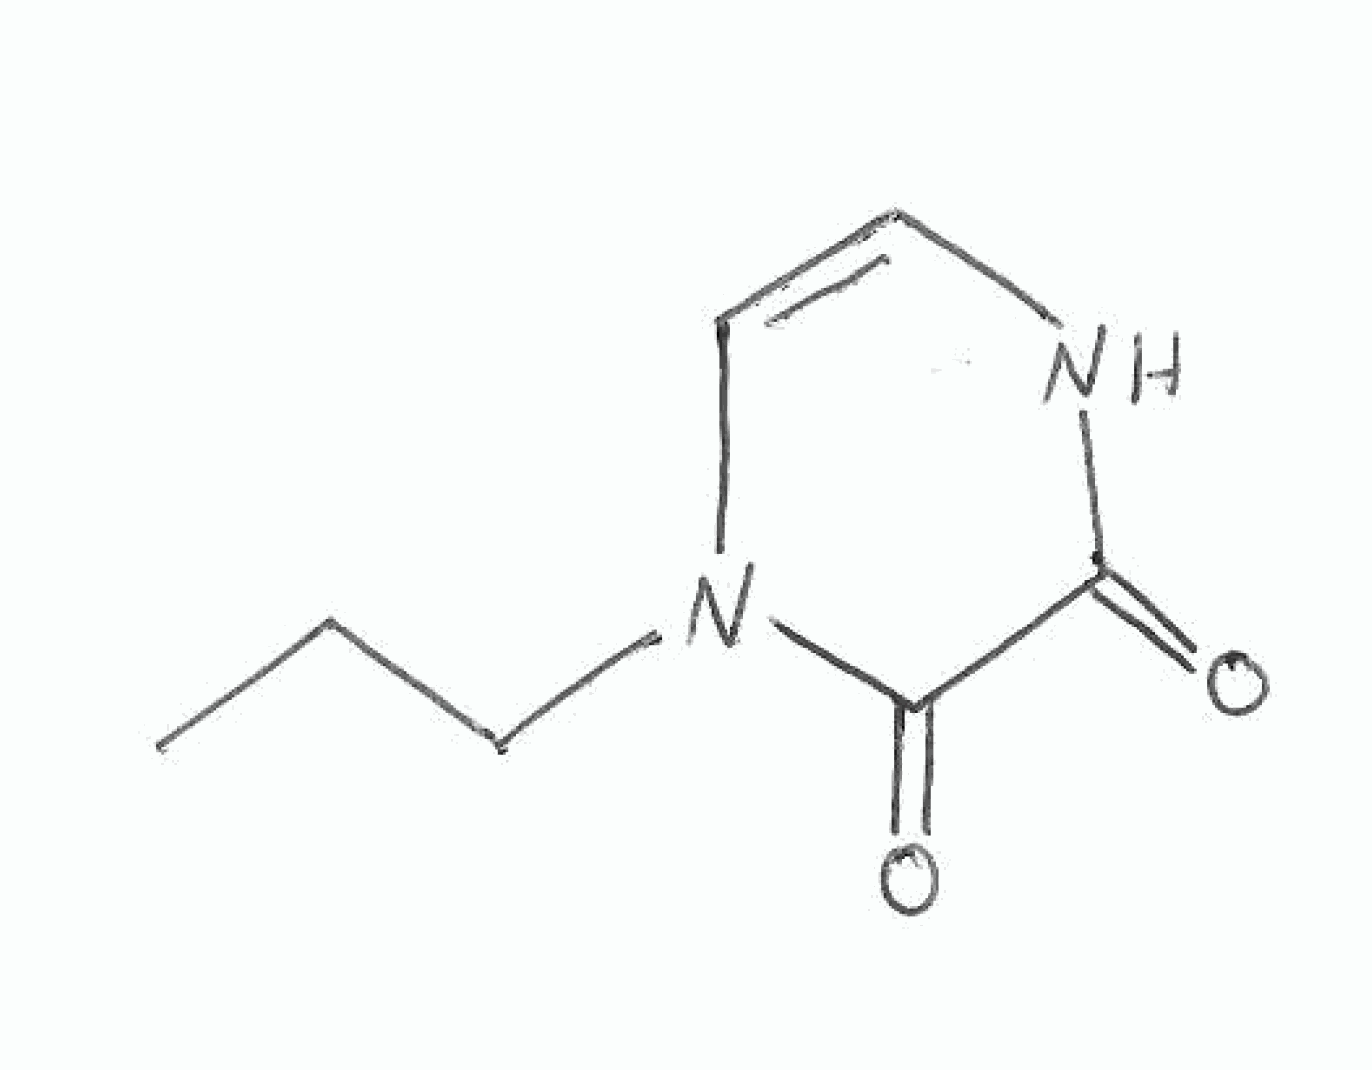
Simplified molecular-input line-entry system (SMILES) notation of the given molecule:
CCCN1C=CNC(=O)C1=O